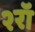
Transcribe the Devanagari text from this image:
२रॉ